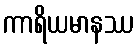
ကာရိယမာနဿ